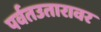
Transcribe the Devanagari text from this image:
पर्वतउतारावर